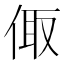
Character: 𠉧